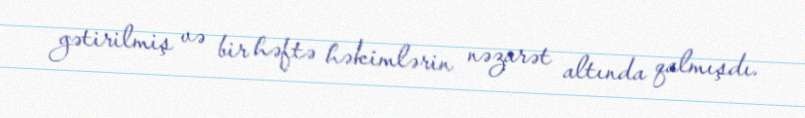
gətirilmiş və bir həftə həkimlərin nəzarət altında qalmışdı.